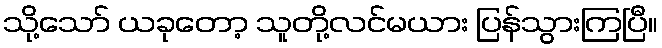
သို့သော် ယခုတော့ သူတို့လင်မယား ပြန်သွားကြပြီ။